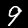
Label: 9